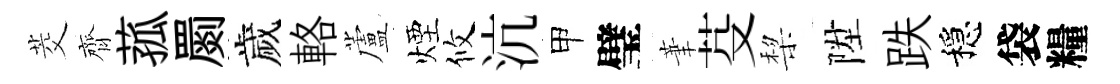
茭齊菰罽歲輅蘆煙攸沆甲璧茟芟棃陞跌穩袋糧